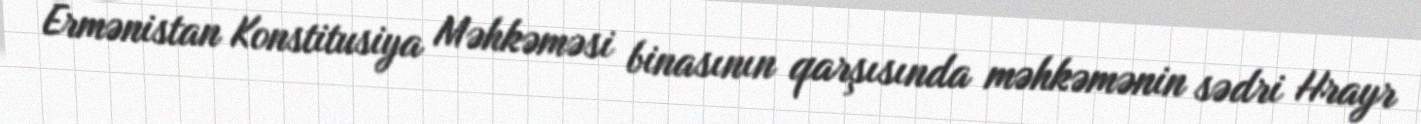
Ermənistan Konstitusiya Məhkəməsi binasının qarşısında məhkəmənin sədri Hrayr